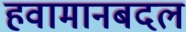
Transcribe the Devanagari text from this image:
हवामानबदल